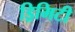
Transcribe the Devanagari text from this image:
ड्रिमिटी